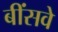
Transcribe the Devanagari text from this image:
बींसवे